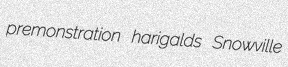
premonstration harigalds Snowville